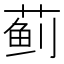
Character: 蓟